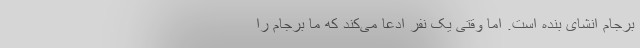
برجام انشای بنده است. اما وقتی یک نفر ادعا می‌کند که ما برجام را